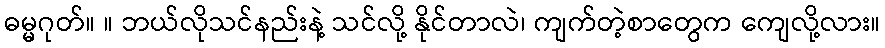
ဓမ္မဂုတ်။ ။ ဘယ်လိုသင်နည်းနဲ့ သင်လို့ နိုင်တာလဲ၊ ကျက်တဲ့စာတွေက ကျေလို့လား။